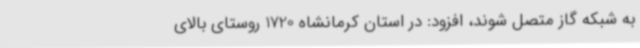
به شبکه گاز متصل شوند، افزود: در استان کرمانشاه 1720 روستای بالای